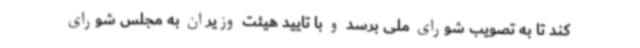
کند تا به تصویب شورای ملی برسد و با تایید هیئت وزیران به مجلس شورای